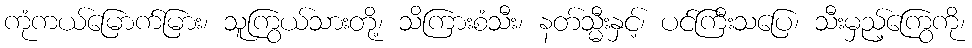
ကုံကယ်မြောက်မြား၊ သူကြွယ်သားတို့၊ သိကြားစံသီး၊ နတ်သ္မီးနှင့်၊ ပင်ကြီးသပြေ၊ သီးမှည့်ကြွေကို၊